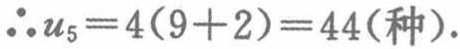
\(\therefore u_{5}=4(9 + 2)=44(种).\)